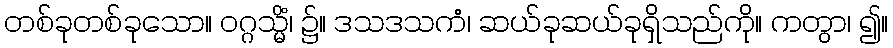
တစ်ခုတစ်ခုသော။ ဝဂ္ဂသ္မိံ၊ ၌။ ဒသဒသကံ၊ ဆယ်ခုဆယ်ခုရှိသည်ကို။ ကတွာ၊ ၍။